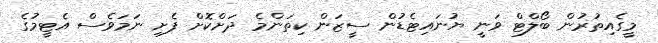
މީގެއިތުރުން ބޯލްޓް ވަނީ ޔުނައިޓެޑުން ސީޒަން ކިތަންމެ ދަށްކޮށް ފެށި ނަމަވެސް އެޓީމުގެ